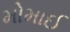
મોમાઈ